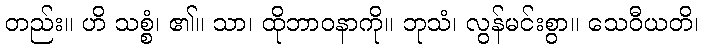
တည်း။ ဟိ သစ္စံ၊ ၏။ သာ၊ ထိုဘာဝနာကို။ ဘုသံ၊ လွန်မင်းစွာ။ သေဝီယတိ၊